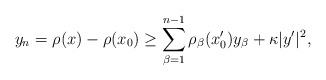
\begin{align*}y_n = \rho (x) - \rho (x_0) \geq \sum_{\beta=1}^{n-1} \rho_\beta (x'_0) y_\beta + \kappa |y'|^2,\end{align*}